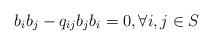
LaTeX: \begin{align*}b_{i}b_{j} - q_{ij}b_{j}b_{i} = 0 ,\forall i,j\in S\end{align*}